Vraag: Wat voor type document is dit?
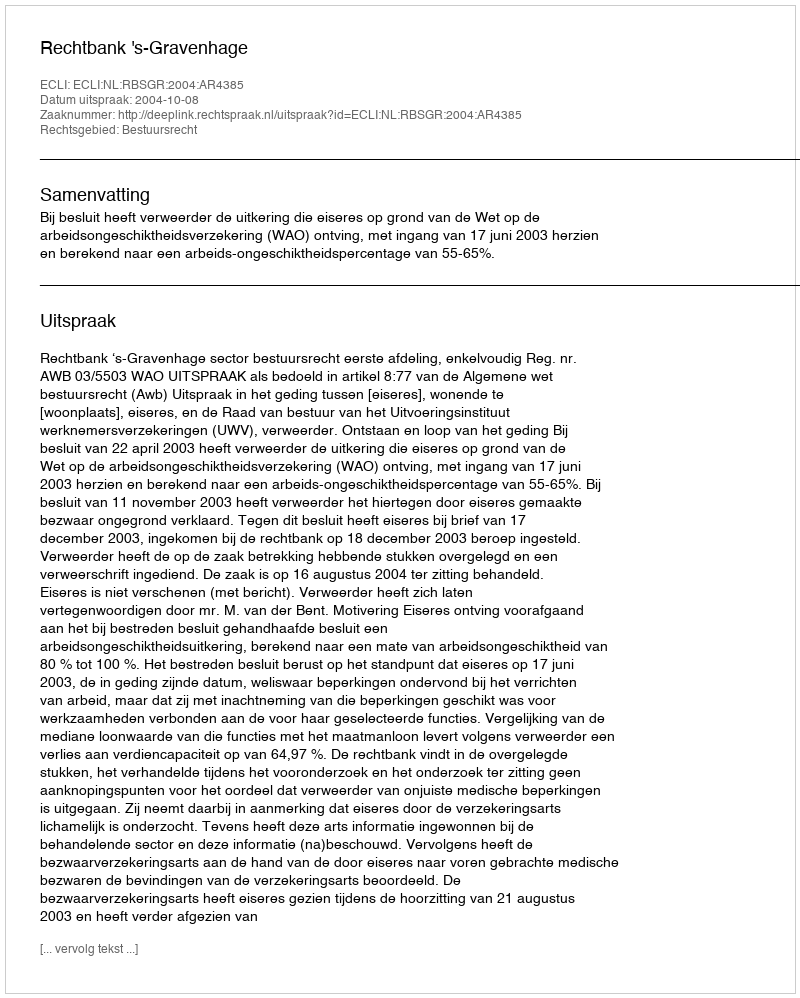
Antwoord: Uitspraak